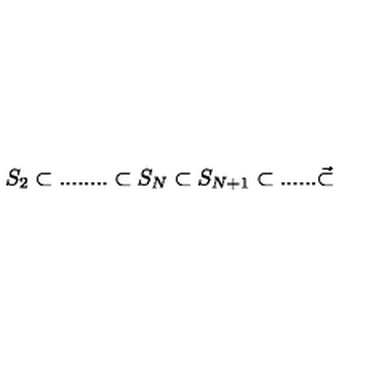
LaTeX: S _ { 2 } \subset . . . . . . . . \subset S _ { N } \subset S _ { N + 1 } \subset . . . . . . \vec { \subset }